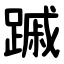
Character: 䠞